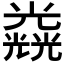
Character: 𠓉